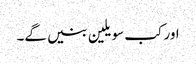
اور کب سویلین بنیں گے۔